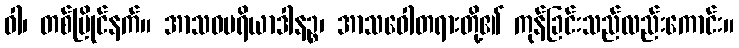
ဝါ၊ တစ်ပြိုင်နက်။ အာသဝပရိယာဒါနဉ္စ၊ အာသဝေါတရားတို့၏ ကုန်ခြင်းသည်လည်းကောင်း။